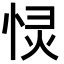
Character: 𭝋